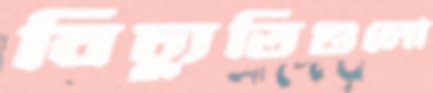
বিচ্যুতিগুলো